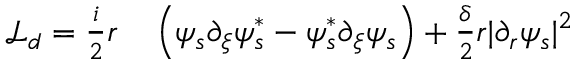
\begin{array} { r l } { \mathcal { L } _ { d } = \frac { i } { 2 } r } & { { } \left( \psi _ { s } \partial _ { \xi } \psi _ { s } ^ { * } - \psi _ { s } ^ { * } \partial _ { \xi } \psi _ { s } \right) + \frac { \delta } { 2 } r | \partial _ { r } \psi _ { s } | ^ { 2 } } \end{array}